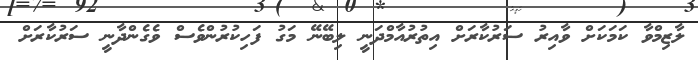
ލާޒިމްވާ ކަމަކަށް ވާއިރު ސަރުކާރަށް އިތުރުއާމްދަނީ ލިބޭނޭ މަގު ފަހިކުރުންވެސް ވެގެންދާނީ ސަރުކާރަށް